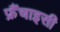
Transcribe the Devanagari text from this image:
फ्रैंचाइसी